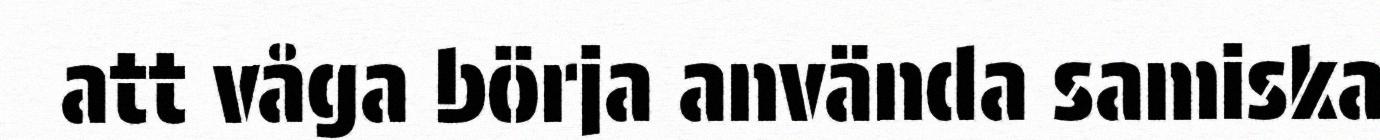
att våga börja använda samiska